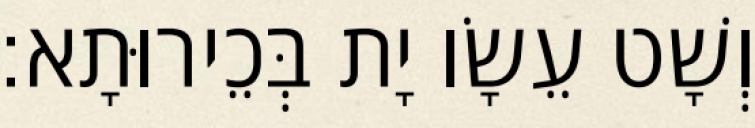
וְשָׁט עֵשָׂו יָת בְּכֵירוּתָא׃